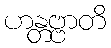
ဟန္တဗ္ဗာတိ